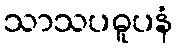
သာသပဓူပနံ